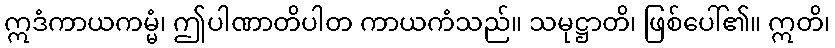
ဣဒံကာယကမ္မံ၊ ဤပါဏာတိပါတ ကာယကံသည်။ သမုဋ္ဌာတိ၊ ဖြစ်ပေါ်၏။ ဣတိ၊